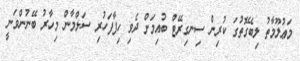
މަޢުލޫމާތު ލިބޭގޮތުގަ ކުރިން ސިނގިރޭޓް ބުއިމަށް ދެވި ހިފާފަހުރި ސަލްމާން މިހާރު ބޭނުންވަނީ